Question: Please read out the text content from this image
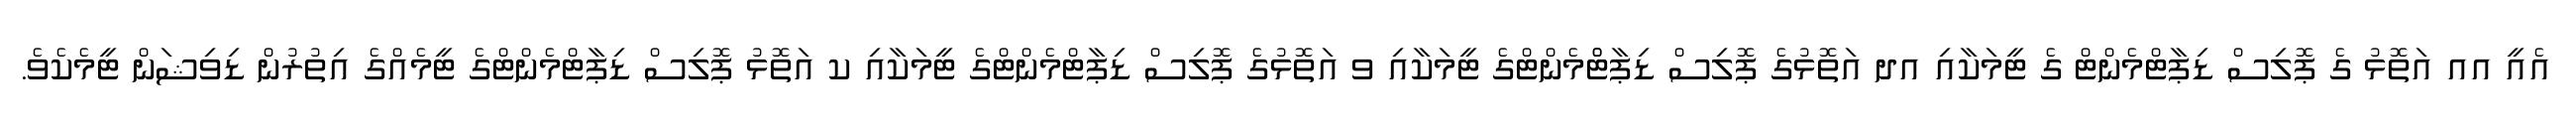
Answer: އެއީ އއ އަތޮޅު ގެ ޕޮލިސް ޑިޕާޓްމެންޓް ގެ ޓީމަކާއި އދ އަތޮޅުގެ ޕޮލިސް ޑިޕާޓްްމެންޓްގެ ޓީމަކާއި ވ އަތޮޅުގެ ޕޮލިސް ޑިޕާޓްމެންޓްގެ ޓީމަކާއި ކ އަތޮޅު ޕޮލިސް ޑިޕާޓްމެންޓްގެ ޓީމެއްގެ އިތުރުން ޑިވިޝަން ޓީމެކެވެ.